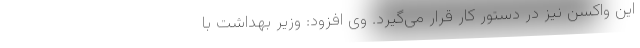
این واکسن نیز در دستور کار قرار می‌گیرد. وی افزود: وزیر بهداشت با